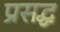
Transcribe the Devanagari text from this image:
प्रसद्ध